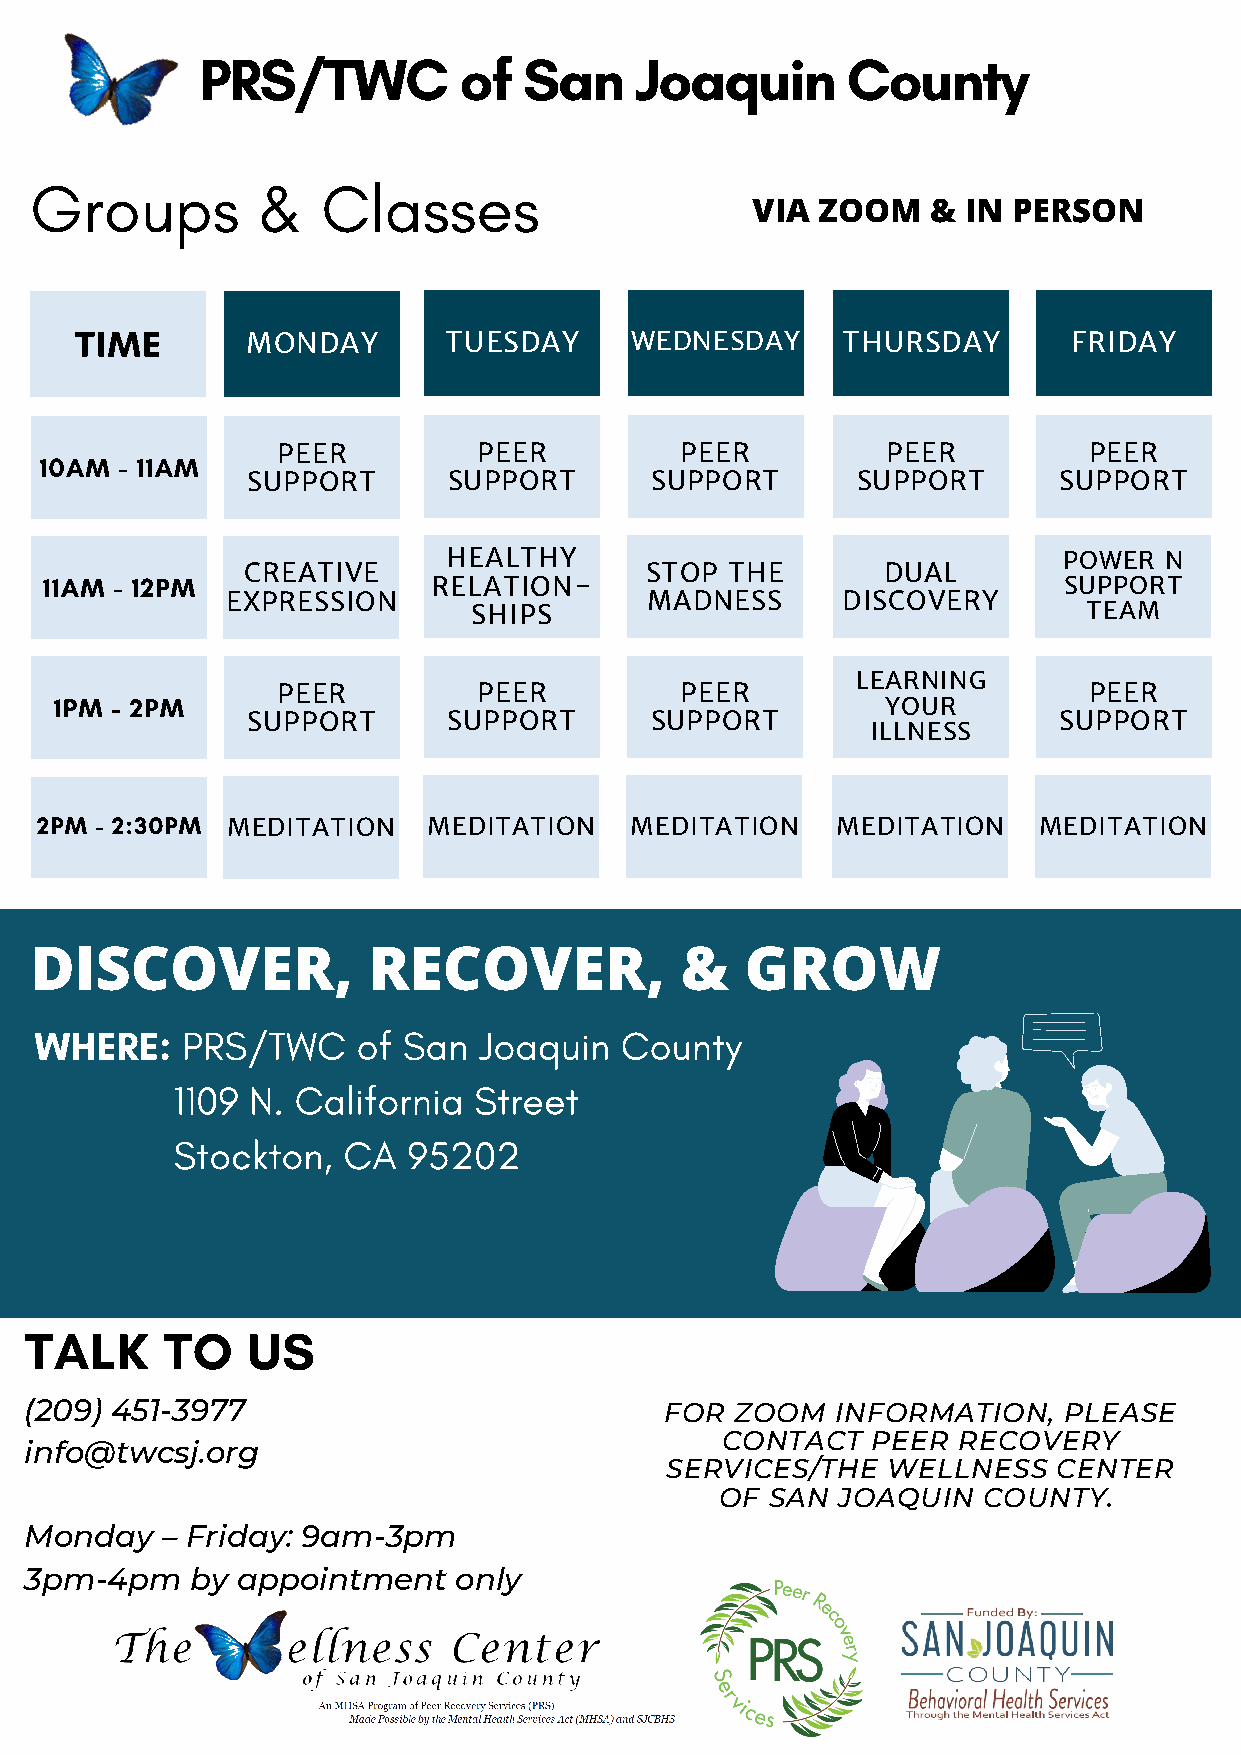
PRS/TWC          of   San    Joaquin       County
 Groups         &   Classes
 VIA ZOOM    & IN PERSON
 TIME
 MONDAY       TUESDAY      WEDNESDAY     THURSDAY       FRIDAY
 PEER          PEER         PEER          PEER         PEER
 10AM - 11AM
 SUPPORT       SUPPORT      SUPPORT       SUPPORT      SUPPORT
 HEALTHY                                 POWER  N
 CREATIVE                   STOP THE       DUAL
 11AM - 12PM               RELATION-                                SUPPORT
 EXPRESSION                  MADNESS      DISCOVERY
 SHIPS                                    TEAM
 LEARNING
 PEER          PEER         PEER                       PEER
 1PM - 2PM                                              YOUR
 SUPPORT       SUPPORT      SUPPORT                    SUPPORT
 ILLNESS
 2PM - 2:30PM
 MEDITATION   MEDITATION    MEDITATION   MEDITATION    MEDITATION
 DISCOVER,             RECOVER,             &   GROW
 WHERE:    PRS/TWC     of San  Joaquin  County
 1109  N. California Street
 Stockton,   CA  95202
 TALK     TO   US
 (209) 451-3977                            FOR  ZOOM  INFORMATION,   PLEASE
 CONTACT   PEER RECOVERY
 info@twcsj.org
 SERVICES/THE   WELLNESS   CENTER
 OF SAN JOAQUIN   COUNTY.
 Monday   – Friday: 9am-3pm
 3pm-4pm    by appointment   only